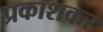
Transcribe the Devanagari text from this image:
प्रकाशकर